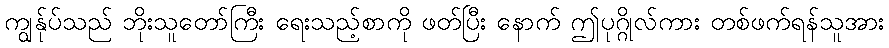
ကျွန်ုပ်သည် ဘိုးသူတော်ကြီး ရေးသည့်စာကို ဖတ်ပြီး နောက် ဤပုဂ္ဂိုလ်ကား တစ်ဖက်ရန်သူအား